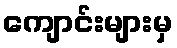
ကျောင်းများမှ